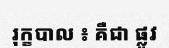
រុក្ខបាល ៖ គឺជា ផ្លូវ